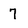
Character: 7